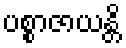
ပစ္စာဇာယန္တိ